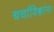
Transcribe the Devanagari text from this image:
चर्चाविश्वांना